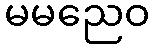
မမညေဝ